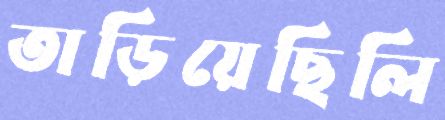
তাড়িয়েছিলি